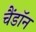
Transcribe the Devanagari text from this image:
चैंडॉन